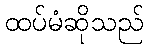
ထပ်မံဆိုသည်